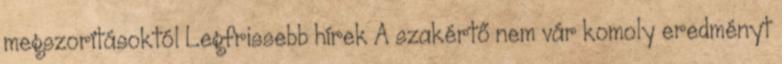
megszorításoktól Legfrissebb hírek A szakértő nem vár komoly eredményt